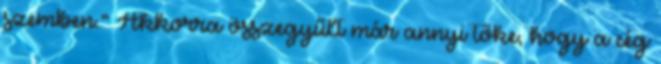
szemben.” Akkorra összegyűlt már annyi tőke, hogy a cég